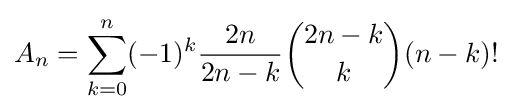
A_{n}=\sum _{k=0}^{n}(-1)^{k}{\frac {2n}{2n-k}}{2n-k \choose k}(n-k)!